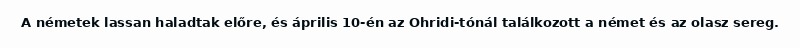
A németek lassan haladtak előre, és április 10-én az Ohridi-tónál találkozott a német és az olasz sereg.